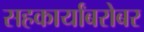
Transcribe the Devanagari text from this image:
सहकार्यांबरोबर